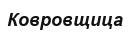
Ковровщица